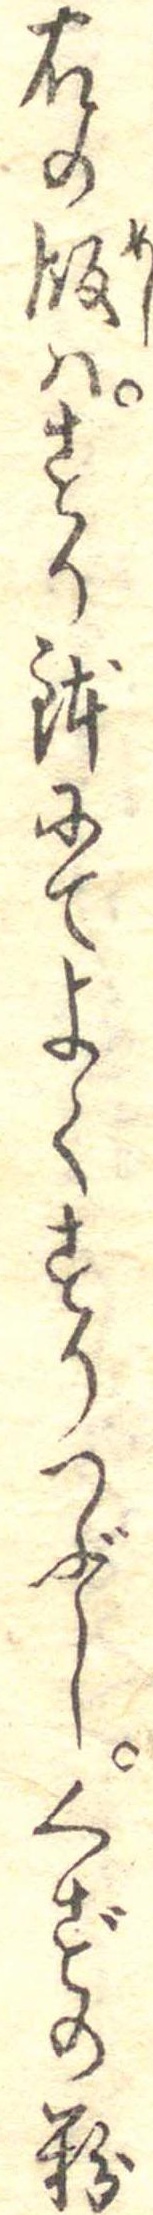
右の飯はすり鉢にてよくすりつぶしくずの粉